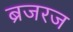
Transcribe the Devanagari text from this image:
ब्रजरज